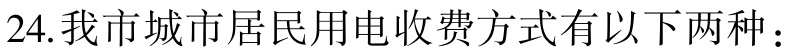
24. 我市城市居民用电收费方式有以下两种：